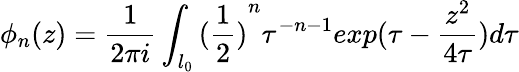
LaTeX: \phi_{n}(z)=\frac{1}{2\pi i}\int_{l_{0}}{(\frac{1}{2})}^{n}\tau^{-n-1}exp(\tau-\frac{z^{2}}{4\tau})d\tau